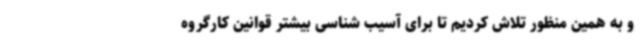
و به همین منظور تلاش کردیم تا برای آسیب شناسی بیشتر قوانین کارگروه